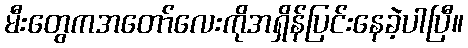
မီးတွေကအတော်လေးကိုအရှိန်ပြင်းနေခဲ့ပါပြီ။